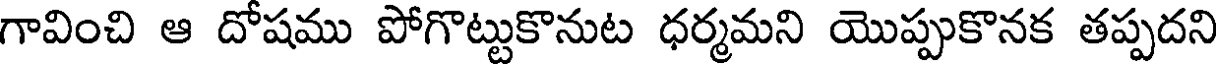
గావించి ఆ దోషము పోగొట్టుకొనుట ధర్మమని యొప్పుకొనక తప్పదని